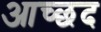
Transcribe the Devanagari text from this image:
आच्छद